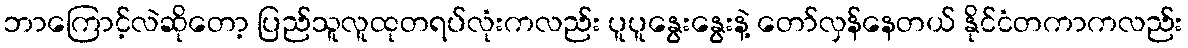
ဘာကြောင့်လဲဆိုတော့ ပြည်သူလူထုတရပ်လုံးကလည်း ပူပူနွေးနွေးနဲ့ တော်လှန်နေတယ် နိုင်ငံတကာကလည်း